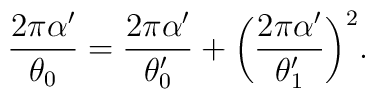
\frac{2\pi\alpha^{\prime}}{\theta_0}=\frac{2\pi\alpha^{\prime}}{\theta_{0}^{\prime}}+ \biggl(\frac{2\pi\alpha^{\prime}}{\theta^{\prime}_1}\biggr)^2.